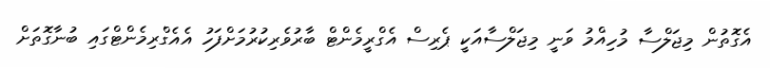
އެގޮތުން މިޖަލްސާ މުހިއްމު ވަނީ މިޖަލްސާއަކީ ޕެރިސް އެގްރީމެންޓް ބާރުވެރިކުރުމަށްފަހު އެއެގްރިމެންޓްގައި ބުނާގޮތަށް